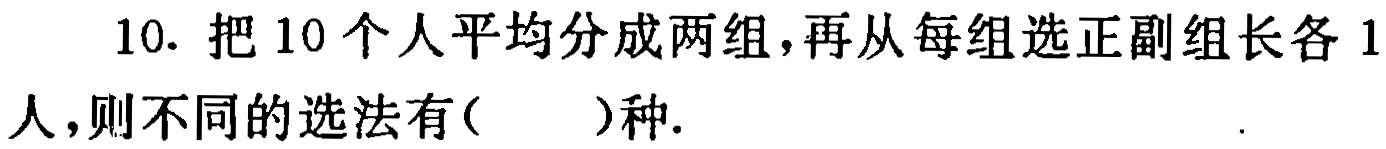
10. 把 10 个人平均分成两组，再从每组选正副组长各 1 人，则不同的选法有( )种.